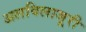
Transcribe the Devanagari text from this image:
अलविलाजूरी